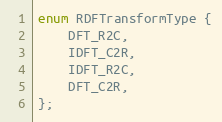
Language: C
enum RDFTransformType {
    DFT_R2C,
    IDFT_C2R,
    IDFT_R2C,
    DFT_C2R,
};